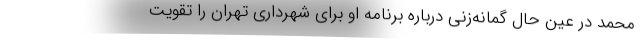
محمد در عین حال گمانه‌زنی درباره برنامه او برای شهرداری تهران را تقویت